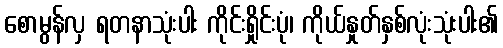
စောမွန်လှ ရတနာသုံးပါး ကိုင်းရှိုင်းပုံ၊ ကိုယ်နှုတ်နှစ်လုံးသုံးပါး၏